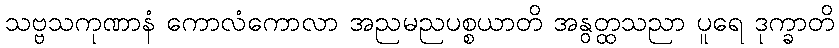
သဗ္ဗသကုဏာနံ ကောလံကောလာ အညမညပစ္စယာတိ အနွတ္ထသညာ ပူရေ ဒုက္ခာတိ